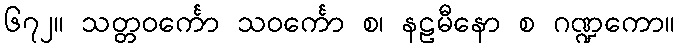
၆၇၂။ သတ္တဝင်္ကော သဝင်္ကော စ၊ နဠမီနော စ ဂဏ္ဍကော။